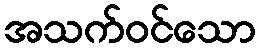
အသက်ဝင်သော